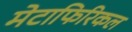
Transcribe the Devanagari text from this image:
मेटाफिरिकल